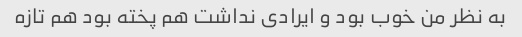
به نظر من خوب بود و ایرادی نداشت هم پخته بود هم تازه